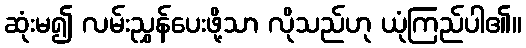
ဆုံးမ၍ လမ်းညွှန်ပေးဖို့သာ လိုသည်ဟု ယုံကြည်ပါ၏။